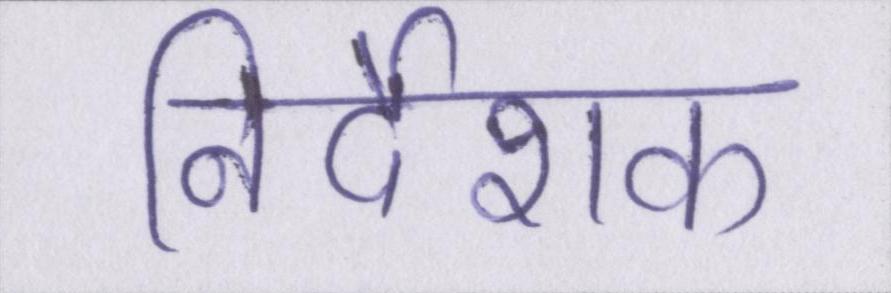
निर्देशक